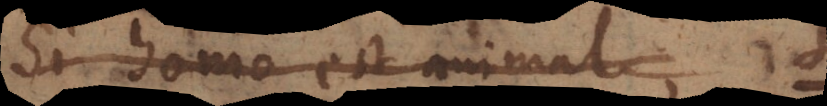
Si homo est animal, S